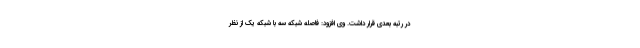
در رتبه بعدی قرار داشت. وی افزود: فاصله شبکه سه با شبکه یک از نظر